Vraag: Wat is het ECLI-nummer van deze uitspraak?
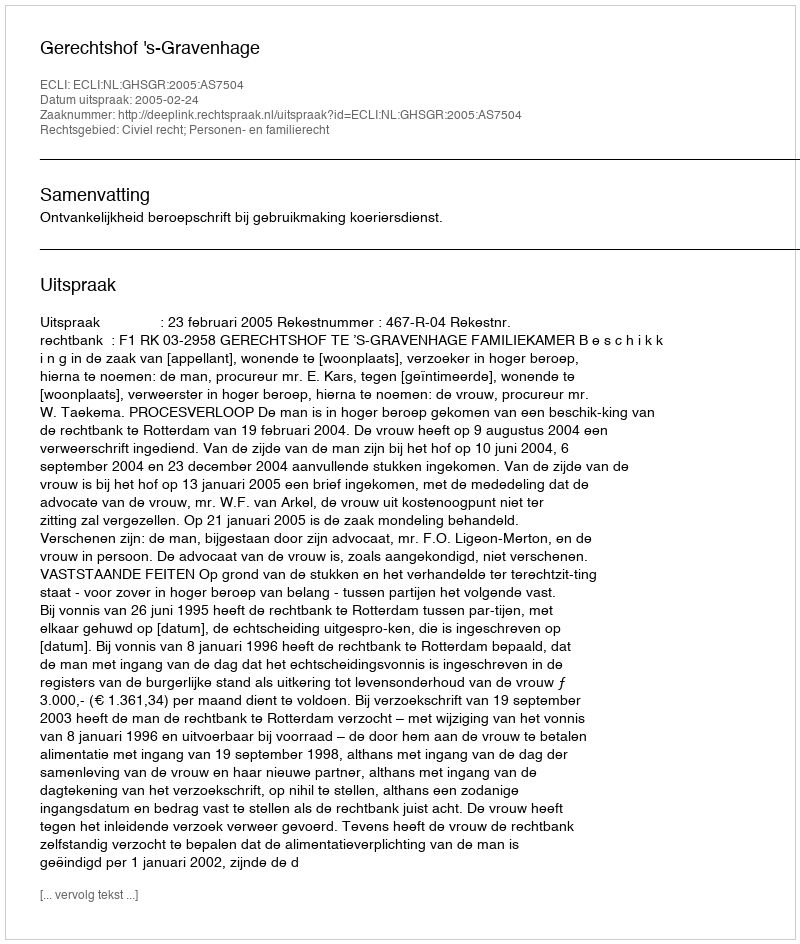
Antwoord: ECLI:NL:GHSGR:2005:AS7504